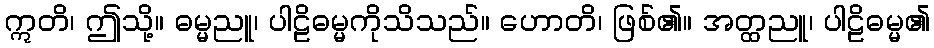
ဣတိ၊ ဤသို့။ ဓမ္မညူ၊ ပါဠိဓမ္မကိုသိသည်။ ဟောတိ၊ ဖြစ်၏။ အတ္ထညူ၊ ပါဠိဓမ္မ၏